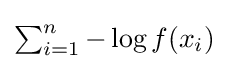
{\textstyle \sum _{i=1}^{n}-\log f(x_{i})}